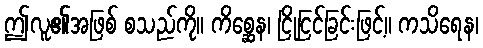
ဤလူ၏အဖြစ် စသည်ကို။ ကိစ္ဆေန၊ ငြိုငြင်ခြင်းဖြင့်။ ကသိရေန၊